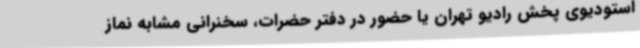
استودیوی پخش رادیو تهران یا حضور در دفتر حضرات، سخنرانی مشابه نماز